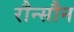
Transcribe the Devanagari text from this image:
रौन्सौन